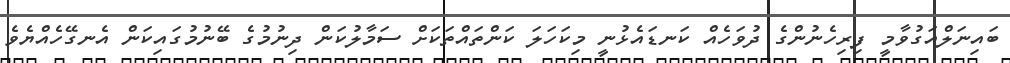
ބައިނަލްއަގުވާމީ ފިރިހެނުންގެ ދުވަހެއް ކަނޑައެޅުނީ މިކަހަލަ ކަންތައްތަކަށް ސަމާލުކަން ދިނުމުގެ ބޭނުމުގައިކަން އެނގޭހެއްޔެވެ